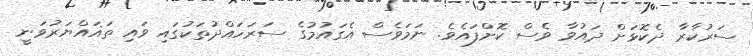
ސަރުކާރާ ދެކޮޅަށް ދައުވާ ވެސް ކޮށްފައެވެ. ނަމަވެސް އެގައުމުގެ ސަރަހައްދުތަކުގައި ވައި ތަޣައްޔަރުވަނީ